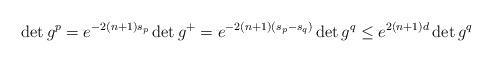
LaTeX: \begin{align*} \det g^p=e^{-2(n+1)s_p}\det g^+=e^{-2(n+1)(s_p-s_q)}\det g^q\leq e^{2(n+1)d}\det g^q\end{align*}